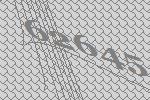
62645